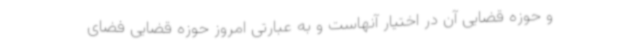
و حوزه قضایی آن در اختیار آنهاست و به عبارتی امروز حوزه قضایی فضای